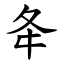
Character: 夅